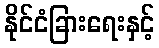
နိုင်ငံခြားရေးနှင့်